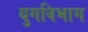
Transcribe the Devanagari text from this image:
युगविभाग